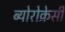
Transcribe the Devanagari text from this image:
ब्योरोक्रेसी